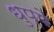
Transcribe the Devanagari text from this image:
धुप्पे